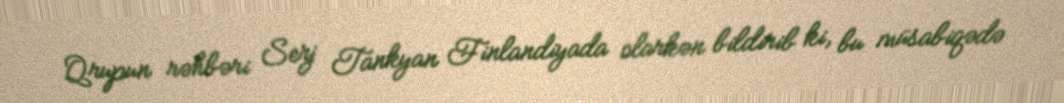
Qrupun rəhbəri Serj Tankyan Finlandiyada olarkən bildirib ki, bu müsabiqədə